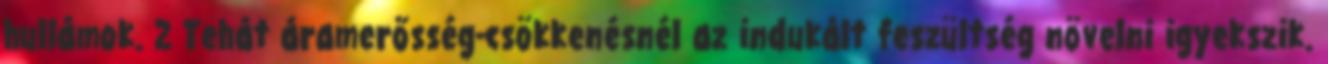
hullámok. 2 Tehát áramerősség-csökkenésnél az indukált feszültség növelni igyekszik.